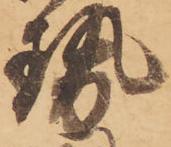
勢